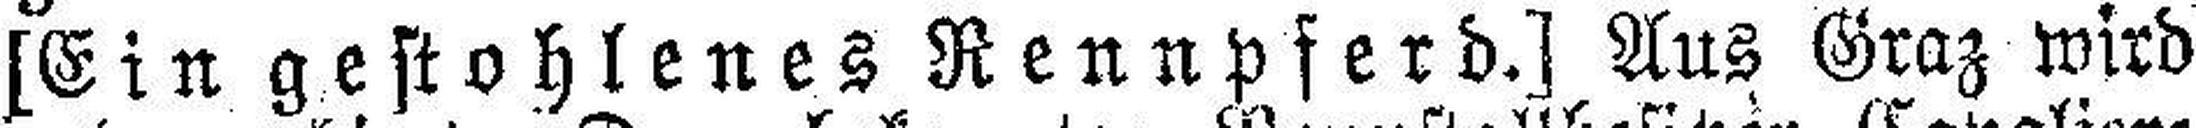
[Ein gestohlenes Rennpferd.] Aus Graz wird